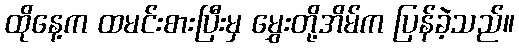
ထိုနေ့က ထမင်းစားပြီးမှ မွှေးတို့အိမ်က ပြန်ခဲ့သည်။